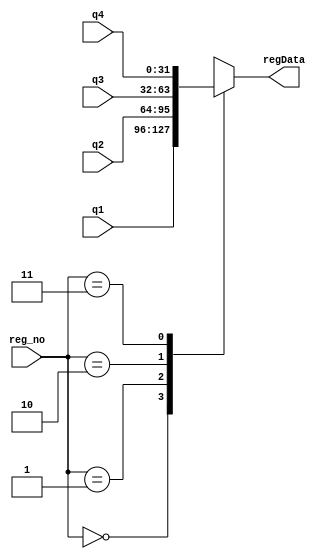
module mux4_1(regData, q1, q2, q3, q4, reg_no);
    input [31: 0] q1, q2, q3, q4;
    output [31: 0] regData;
    input [1:0] reg_no;


    wire not_sel1, not_sel0;

    always @(reg_no[0] or reg_no[1])
    begin
        case (reg_no) 
            2'b00: regData <= q1;
            2'b01: regData <= q2;
            2'b10: regData <= q3;
            2'b11: regData <= q4; 
        endcase
    end
endmodule